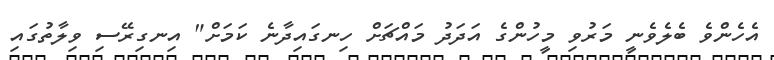
އެހެންވެ ބެލެވެނީ މަރުވި މީހުންގެ އަދަދު މައްޗަށް ހިނގައިދާނެ ކަމަށް" އިނގިރޭސި ވިލާތުގައި